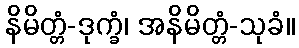
နိမိတ္တံ-ဒုက္ခံ၊ အနိမိတ္တံ-သုခံ။